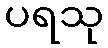
ပရသု